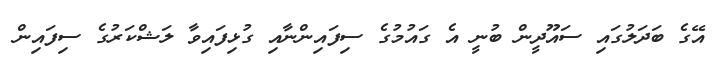
އޭގެ ބަދަލުގައި ސައޫދީން ބުނީ އެ ގައުމުގެ ސިފައިންނާއި ގުޅިފައިވާ ލަޝްކަރުގެ ސިފައިން